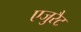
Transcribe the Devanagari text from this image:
एजुरैट